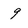
Character: 9